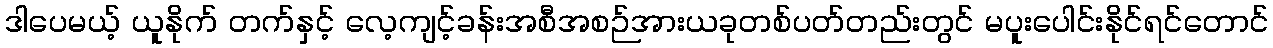
ဒါပေမယ့် ယူနိုက် တက်နှင့် လေ့ကျင့်ခန်းအစီအစဉ်အားယခုတစ်ပတ်တည်းတွင် မပူးပေါင်းနိုင်ရင်တောင်